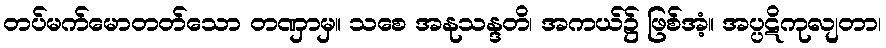
တပ်မက်မောတတ်သော တဏှာမှ။ သစေ အနုသန္ဒတိ၊ အကယ်၌ ဖြစ်အံ့။ အပ္ပဋိကုလျတာ၊